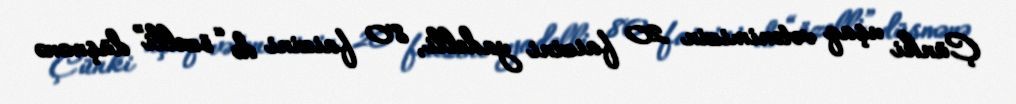
Çünki uşaq vətənimizin 20 faizini yadelli, 80 faizini də “özelli” düşmənə